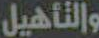
والتأهيل